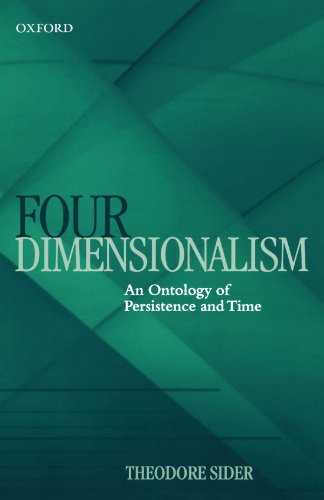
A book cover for Four-Dimensionalism: An Ontology of Persistence and Time; Theodore Sider; Science & Math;